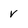
Character: v